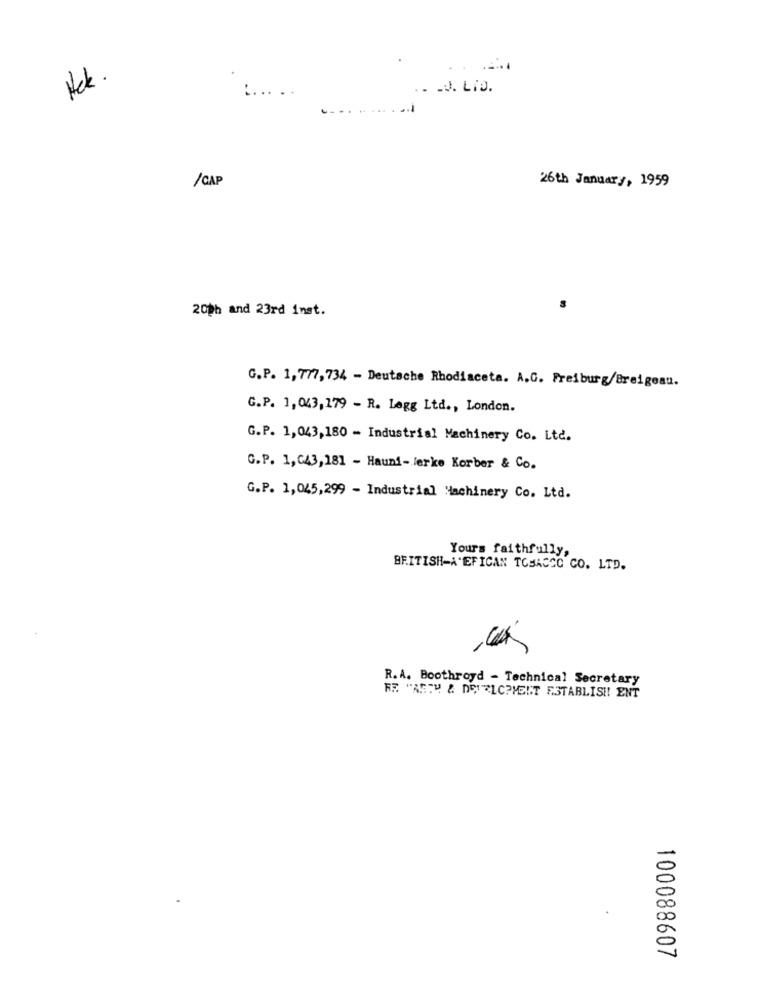
Hek .
.. . J. LiJ.
:... ..
/ CAP
26th January, 1959
20th and 23rd inst.
G.P. 1,777,734 - Deutsche Rhodiaceta. A.C. Freiburg/Breigeau.
G.P. 1,043,179 - R. Legg Ltd ., London.
G.P. 1,043,180 - Industrial Machinery Co. Ltd.
G.P. 1,643,181 - Hauni- Jerke Korber & Co.
G.P. 1,045,299 - Industrial Machinery Co. Ltd.
Yours faithfully,
BRITISH-A'EFICAN TOBACCO CO. LTD.
R. A. Boothroyd - Technical Secretary
FE "ASTU & DEVELOPMENT ESTABLISH! ENT
100088607